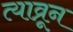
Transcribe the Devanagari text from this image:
त्याव्रून